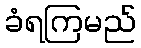
ခံရကြမည်